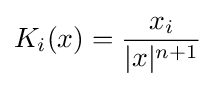
K_{i}(x)={\frac {x_{i}}{|x|^{n+1}}}